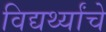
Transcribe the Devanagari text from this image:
विद्यर्थ्यांचे